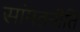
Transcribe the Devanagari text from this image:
सांमतनीति